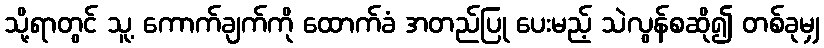
သို့ရာတွင် သူ့ ကောက်ချက်ကို ထောက်ခံ အတည်ပြု ပေးမည့် သဲလွန်စဆို၍ တစ်ခုမျှ